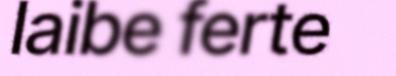
laibe ferte